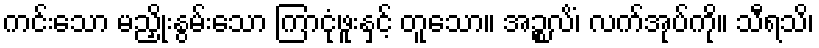
ကင်းသော မညှိုးနွမ်းသော ကြာငုံဖူးနှင့် တူသော။ အဉ္စလိံ၊ လက်အုပ်ကို။ သီရသိ၊